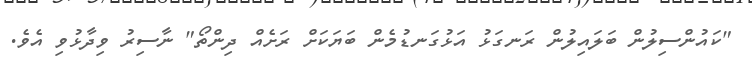
"ކައުންސިލުން ބަލައިލުން ރަނގަޅު އަޅުގަނޑުމެން ބަޔަކަށް ރަށެއް ދިންތޯ" ނާސިރު ވިދާޅުވި އެވެ.